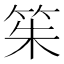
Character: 䇬